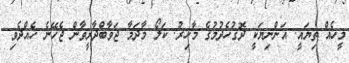
މީހެއް ތިޔައީ. އަންނިޔަކީ ދޮގުހެދުމުގެ މާހިރު. ކަލޯ މާދަމާ ޖަވާބްދާރީވާން ޖެހޭނެ ހެއްދެވި